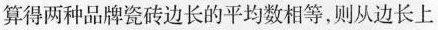
算得两种品牌瓷砖边长的平均数相等，则从边长上